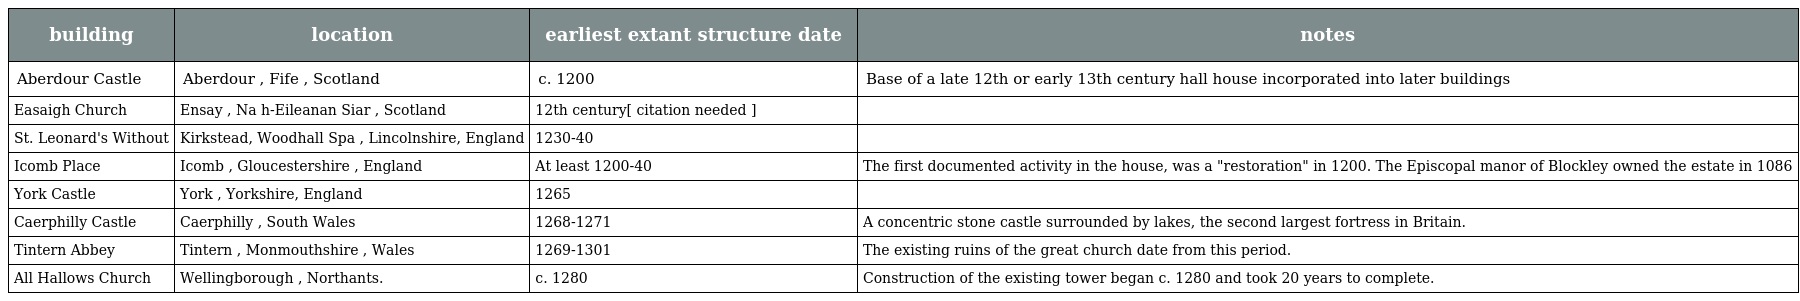
| building | location | earliest extant structure date | notes |
 | --- | --- | --- | --- |
 | Aberdour Castle | Aberdour , Fife , Scotland | c. 1200 | Base of a late 12th or early 13th century hall house incorporated into later buildings |
 | Easaigh Church | Ensay , Na h-Eileanan Siar , Scotland | 12th century[ citation needed ] |  |
 | St. Leonard's Without | Kirkstead, Woodhall Spa , Lincolnshire, England | 1230-40 |  |
 | Icomb Place | Icomb , Gloucestershire , England | At least 1200-40 | The first documented activity in the house, was a "restoration" in 1200. The Episcopal manor of Blockley owned the estate in 1086 |
 | York Castle | York , Yorkshire, England | 1265 |  |
 | Caerphilly Castle | Caerphilly , South Wales | 1268-1271 | A concentric stone castle surrounded by lakes, the second largest fortress in Britain. |
 | Tintern Abbey | Tintern , Monmouthshire , Wales | 1269-1301 | The existing ruins of the great church date from this period. |
 | All Hallows Church | Wellingborough , Northants. | c. 1280 | Construction of the existing tower began c. 1280 and took 20 years to complete. |